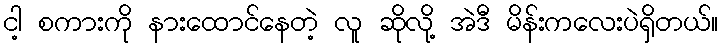
ငါ့ စကားကို နားထောင်နေတဲ့ လူ ဆိုလို့ အဲဒီ မိန်းကလေးပဲရှိတယ်။